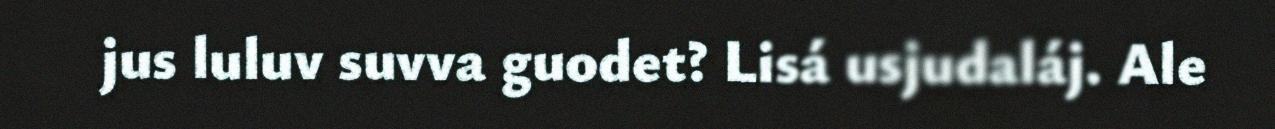
jus luluv suvva guodet? Lisá usjudaláj. Ale